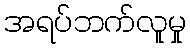
အရပ်ဘက်လူမှု